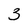
Character: 3